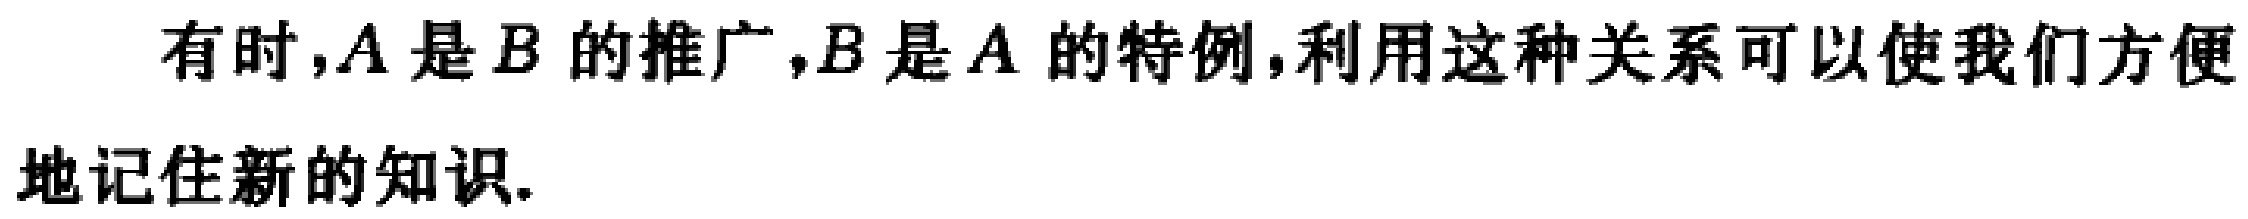
有时，$A$ 是 $B$ 的推广，$B$ 是 $A$ 的特例，利用这种关系可以使我们方便地记住新的知识.